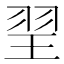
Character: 䍿